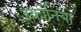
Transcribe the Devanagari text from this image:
इर्कोनिया